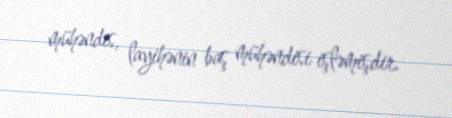
mühəndis, layihənin baş mühəndisi işləmişdir.